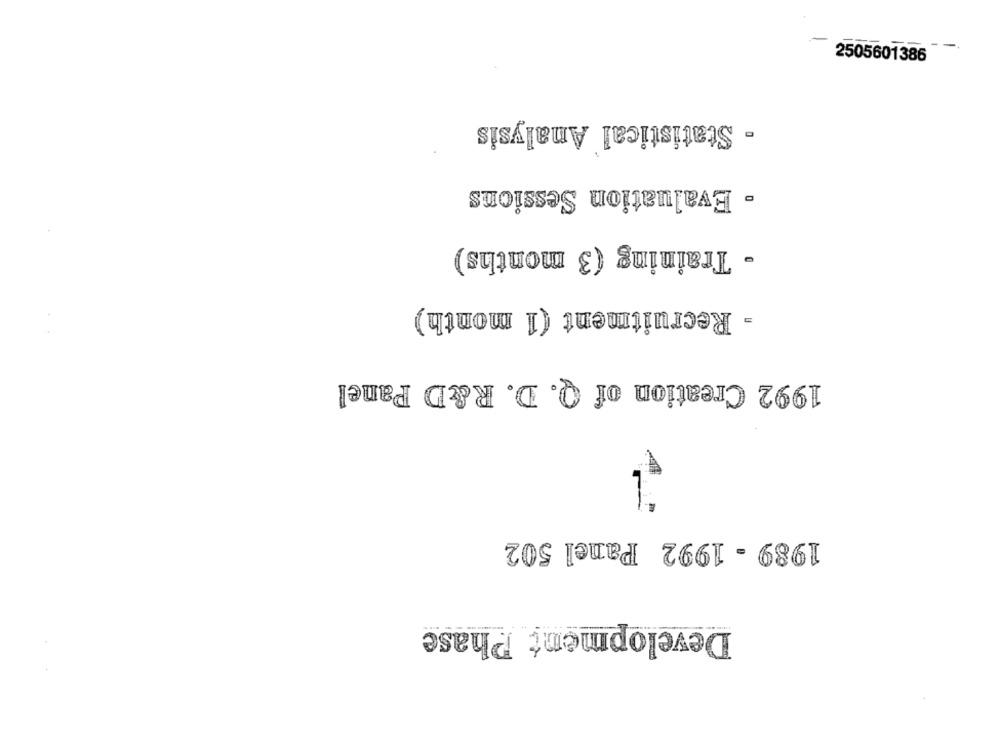
2505601386
- Statistical Analysis
- Evaluation Sessions
- Training (3 months)
- Recruitment (1 month)
1992 Creation of Q. D. R&D Panel
1989 - 1992 Panel 502
Development Phase